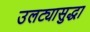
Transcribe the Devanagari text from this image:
उलट्यासुद्धा